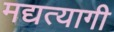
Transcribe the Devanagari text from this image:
मद्यत्यागी